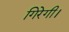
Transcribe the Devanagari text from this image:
गिरेगी।